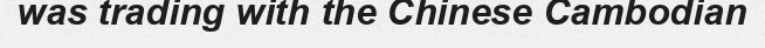
was trading with the Chinese Cambodian